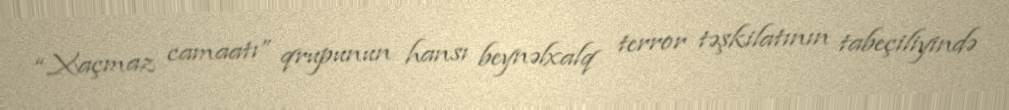
“Xaçmaz camaatı” qrupunun hansı beynəlxalq terror təşkilatının tabeçiliyində